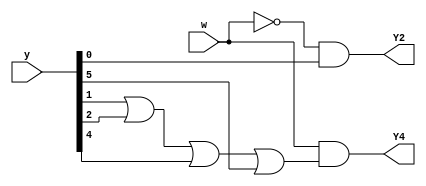
module top_module (
    input [6:1] y,
    input w,
    output Y2,
    output Y4);

    parameter A=1, B=2, C=3, D=4, E=5, F=6;
    reg [6:1] next;
    
    assign next[A] = w & (y[A] | y[D]);
    assign next[B] = ~w & y[A];
    assign next[C] = ~w & (y[B] | y[F]);
    assign next[D] = w & (y[B] | y[C] | y[E] | y[F]);
    assign next[E] = ~w & (y[C] | y[E]);
    assign next[F] = ~w & y[F];
    
    assign Y2 = next[B];
    assign Y4 = next[D];
    
endmodule